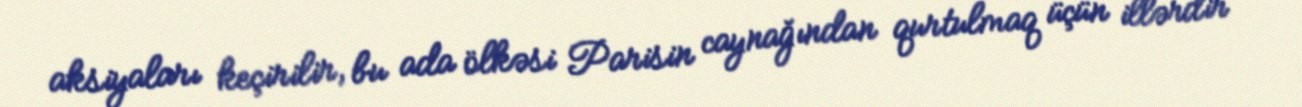
aksiyaları keçirilir, bu ada ölkəsi Parisin caynağından qurtulmaq üçün illərdir